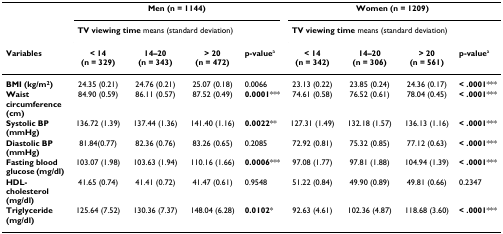
|  | <COLSPAN=4> Men (n = 1144) | <COLSPAN=4> Women (n = 1209) |
 |  | <COLSPAN=3> TV viewing time means (standard deviation) |  | <COLSPAN=3> TV viewing time means (standard deviation) |  |
 | Variables | < 14 (n = 329) | 14–20 (n = 343) | > 20 (n = 472) | p-valuea | < 14 (n = 342) | 14–20 (n = 306) | > 20 (n = 561) | p-valuea |
 | --- | --- | --- | --- | --- | --- | --- | --- | --- |
 | BMI (kg/m2) | 24.35 (0.21) | 24.76 (0.21) | 25.07 (0.18) | 0.0066 | 23.13 (0.22) | 23.85 (0.24) | 24.36 (0.17) | < .0001*** |
 | Waist circumference (cm) | 84.90 (0.59) | 86.11 (0.57) | 87.52 (0.49) | 0.0001*** | 74.61 (0.58) | 76.52 (0.61) | 78.04 (0.45) | < .0001*** |
 | Systolic BP (mmHg) | 136.72 (1.39) | 137.44 (1.36) | 141.40 (1.16) | 0.0022** | 127.31 (1.49) | 132.18 (1.57) | 136.13 (1.16) | < .0001*** |
 | Diastolic BP (mmHg) | 81.84(0.77) | 82.36 (0.76) | 83.26 (0.65) | 0.2085 | 72.92 (0.81) | 75.32 (0.85) | 77.12 (0.63) | < .0001*** |
 | Fasting blood glucose (mg/dl) | 103.07 (1.98) | 103.63 (1.94) | 110.16 (1.66) | 0.0006*** | 97.08 (1.77) | 97.81 (1.88) | 104.94 (1.39) | < .0001*** |
 | HDL-cholesterol (mg/dl) | 41.65 (0.74) | 41.41 (0.72) | 41.47 (0.61) | 0.9548 | 51.22 (0.84) | 49.90 (0.89) | 49.81 (0.66) | 0.2347 |
 | Triglyceride (mg/dl) | 125.64 (7.52) | 130.36 (7.37) | 148.04 (6.28) | 0.0102* | 92.63 (4.61) | 102.36 (4.87) | 118.68 (3.60) | < .0001*** |